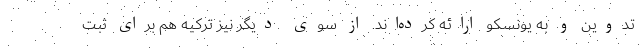
تدوین و به یونسکو ارائه کرده‌اند. از سوی دیگر نیز ترکیه هم برای ثبت